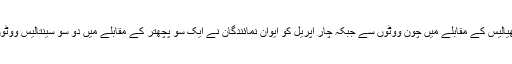
امریکی سینٹ نے چودہ مارچ کو چھیالیس کے مقابلے میں چون ووٹوں سے جبکہ چار اپریل کو ایوان نمائندگان نے ایک سو پچھتر کے مقابلے میں دو سو سینتالیس ووٹوں سے اس بل کی منظوری دی تھی۔